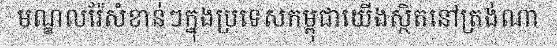
មណ្ឌលរ៉ែសំខាន់ៗក្នុងប្រទេសកម្ពុជាយើងស្ថិតនៅត្រង់ណា